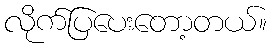
လိုက်ပြပေးတော့တယ်။